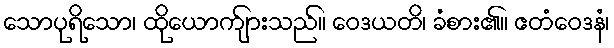
သောပုရိသော၊ ထိုယောက်ျားသည်။ ဝေဒယတိ၊ ခံစား၏။ ဧတံဝေဒနံ၊